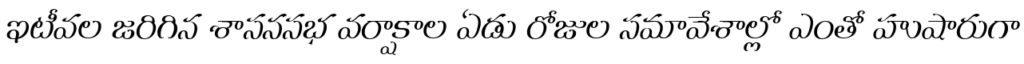
ఇటీవల జరిగిన శాసనసభ వర్షాకాల ఏడు రోజుల సమావేశాల్లో ఎంతో హుషారుగా